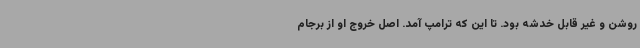
روشن و غیر قابل خدشه بود. تا این که ترامپ آمد. اصل خروج او از برجام